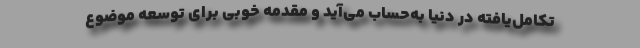
تکامل‌یافته در دنیا به‌حساب می‌آید و مقدمه خوبی برای توسعه موضوع